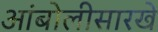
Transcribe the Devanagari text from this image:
आंबोलीसारखे